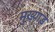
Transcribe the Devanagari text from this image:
मुख्याड